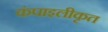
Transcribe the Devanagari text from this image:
कंपाइलीकृत